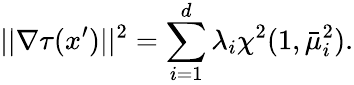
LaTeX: ||\nabla\tau(x^{\prime})||^{2}=\sum_{i=1}^{d}\lambda_{i}\chi^{2}(1,\bar{\mu}_{i}^{2}).